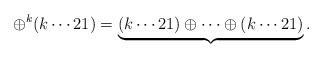
LaTeX: \begin{align*}\oplus^k (k\cdots 21)=\underbrace{(k\cdots 21)\oplus\cdots\oplus (k\cdots 21)}_{}.\end{align*}